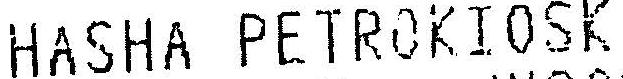
HASHA PETROKIOSK